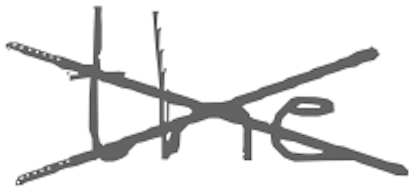
Text: the
Cross-out: cross
Writing tool: digital_gray